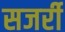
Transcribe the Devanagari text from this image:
सजर्री